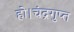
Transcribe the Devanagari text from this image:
हो।चंद्रगुप्त